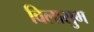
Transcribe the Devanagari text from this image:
विलासुम